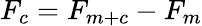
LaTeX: F_{c}=F_{m+c}-F_{m}